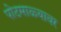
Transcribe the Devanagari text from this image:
पोटमाळ्यावर